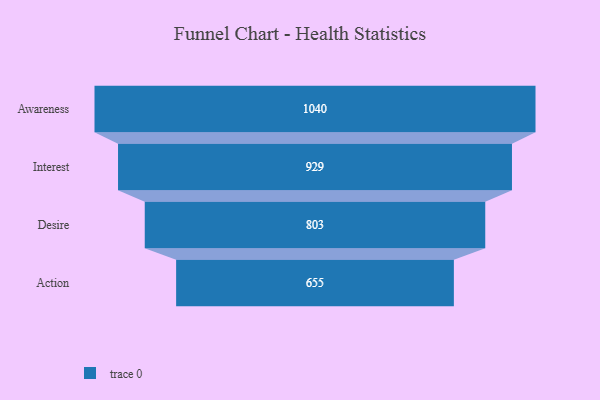
{"axis": {"x": "Stage", "y": "Value"}, "legend": [""], "data": [{"x": "Awareness", "y": 1040.0, "type": ""}, {"x": "Interest", "y": 929.0, "type": ""}, {"x": "Desire", "y": 803.0, "type": ""}, {"x": "Action", "y": 655.0, "type": ""}]}